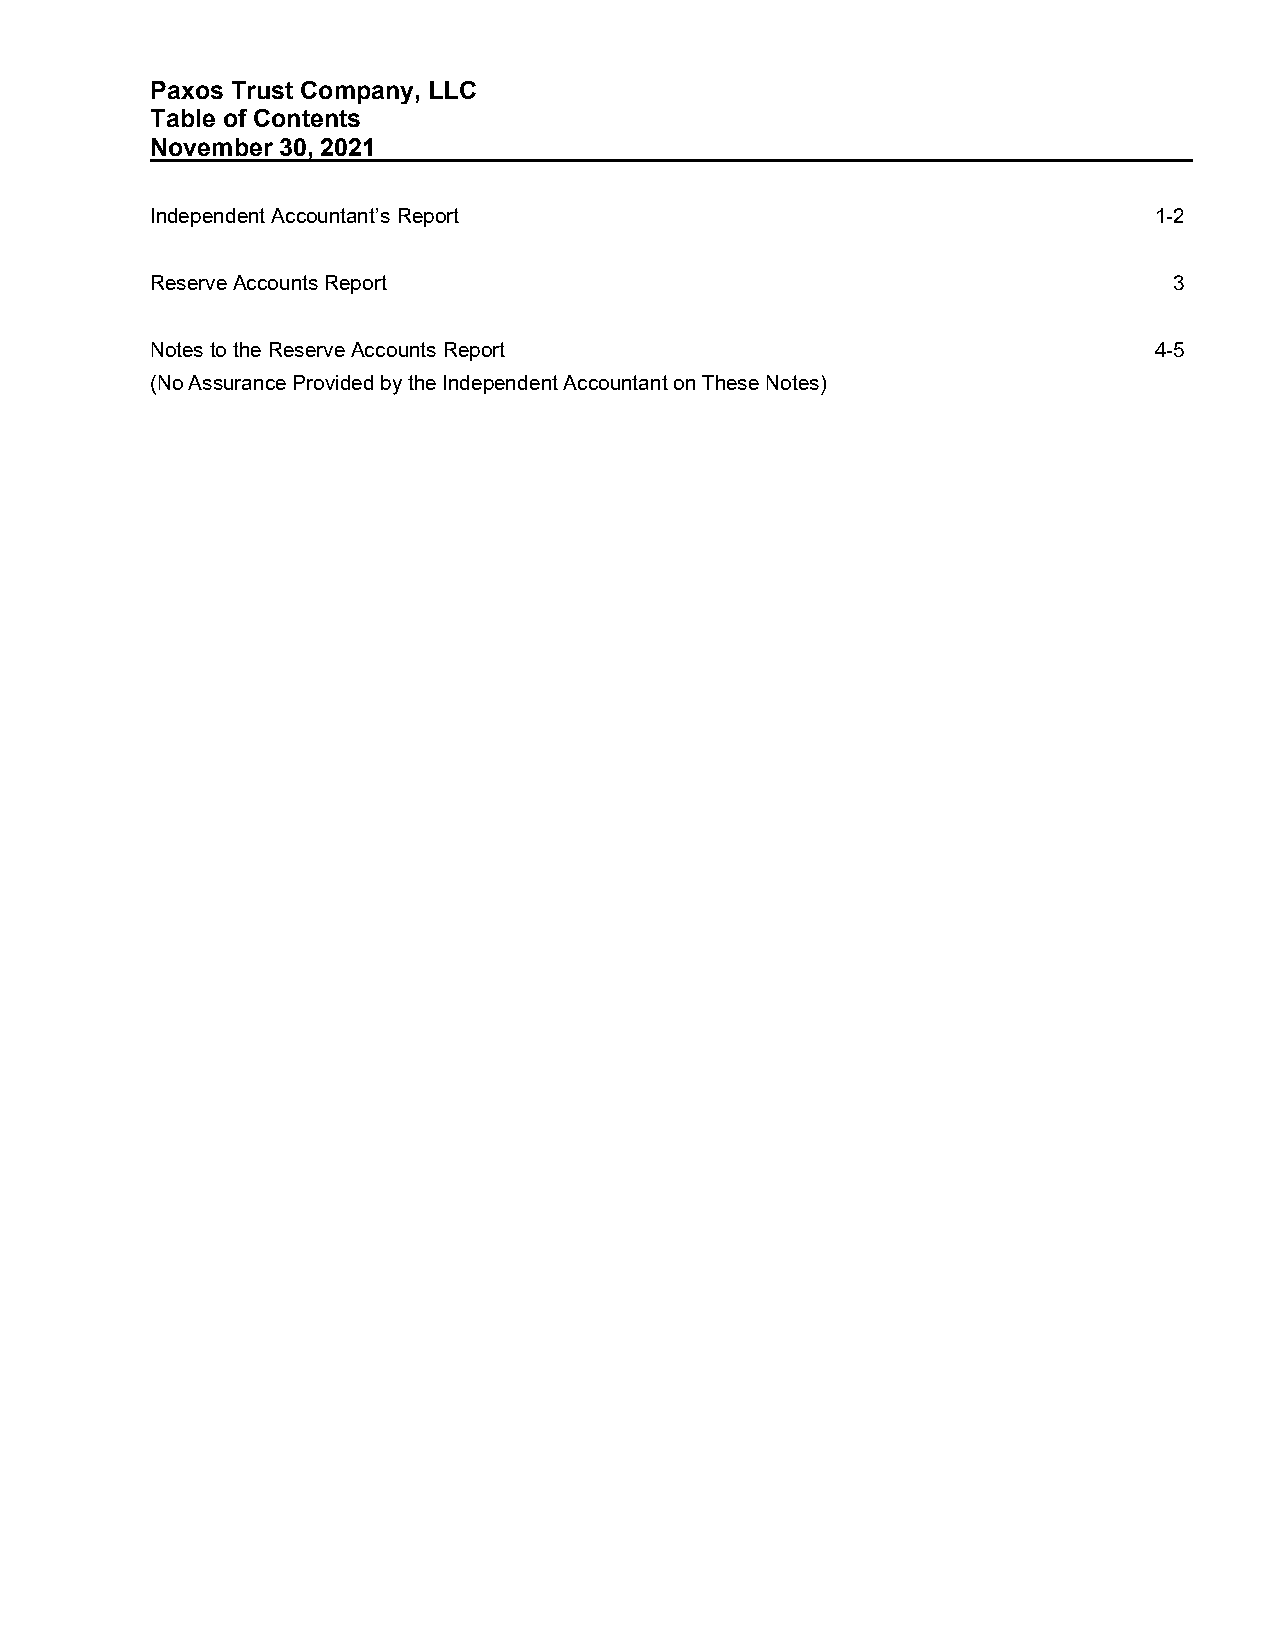
Paxos Trust Company, LLC
 Table of Contents
 November 30, 2021
 Independent Accountant’s Report                                   1-2
 Reserve Accounts Report                                             3
 Notes to the Reserve Accounts Report                              4-5
 (No Assurance Provided by the Independent Accountant on These Notes)